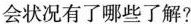
会状况有了哪些了解?